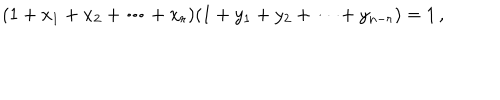
( 1 + x _ { 1 } + x _ { 2 } + \cdots + x _ { r } ) ( 1 + y _ { 1 } + y _ { 2 } + \cdots + y _ { n - r } ) = 1 \, ,